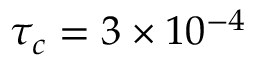
\tau _ { c } = 3 \times 1 0 ^ { - 4 }